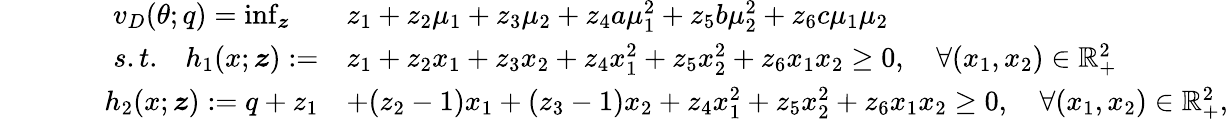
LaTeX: \begin{array}{rlrl}&{}&{\quad\quad v_{D}(\theta;q)=\operatorname*{inf}_{\boldsymbol{z}}\quad}&{z_{1}+z_{2}\mu_{1}+z_{3}\mu_{2}+z_{4}a\mu_{1}^{2}+z_{5}b\mu_{2}^{2}+z_{6}c\mu_{1}\mu_{2}}\\ &{}&{{s.t.}\quad h_{1}(x;\boldsymbol{z}):=}&{z_{1}+z_{2}x_{1}+z_{3}x_{2}+z_{4}x_{1}^{2}+z_{5}x_{2}^{2}+z_{6}x_{1}x_{2}\geq 0,\quad\forall(x_{1},x_{2})\in\mathbb{R}_{+}^{2}}\\ &{}&{\quad h_{2}(x;\boldsymbol{z}):=q+z_{1}}&{+(z_{2}-1)x_{1}+(z_{3}-1)x_{2}+z_{4}x_{1}^{2}+z_{5}x_{2}^{2}+z_{6}x_{1}x_{2}\geq 0,\quad\forall(x_{1},x_{2})\in\mathbb{R}_{+}^{2},}\end{array}